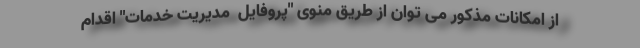
از امکانات مذکور می توان از طریق منوی "پروفایل  مدیریت خدمات" اقدام